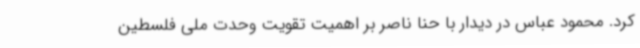
کرد. محمود عباس در دیدار با حنا ناصر بر اهمیت تقویت وحدت ملی فلسطین